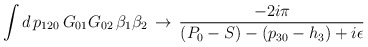
\begin{align*}\int d\,p_{120}\,G_{01}G_{02}\,\beta_1\beta_2\,\to\,{-2i\pi\over(P_0-S)-(p_{30}-h_3)+i\epsilon}\end{align*}